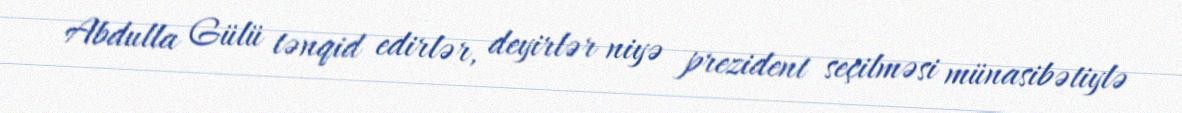
Abdulla Gülü tənqid edirlər, deyirlər niyə prezident seçilməsi münasibətiylə